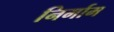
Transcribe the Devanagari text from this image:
निर्माम